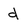
Character: d